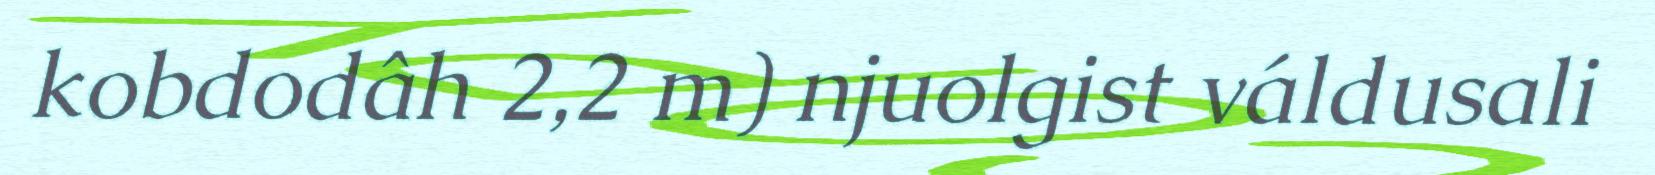
kobdodâh 2,2 m) njuolgist váldusali